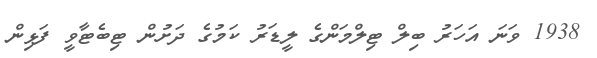
1938 ވަނަ އަހަރު ބިލް ޓިލްމަންގެ ލީޑަރު ކަމުގެ ދަށުން ޓިބެޓާވީ ފަޅިން